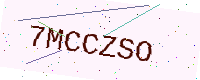
Text: 7MCCZSO